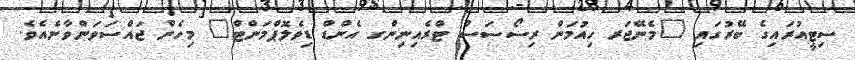
ސިޓީއުރައިގެ ބޭރުގައި "މެނޭޖަރ ހިއުމަން ރިސޯސަސް ޓްރެއިނިންގ އެންޑް ޑިވެލޮޕްމަންޓް" މިހެން ޖައްސަވަންވާނެއެވެ.